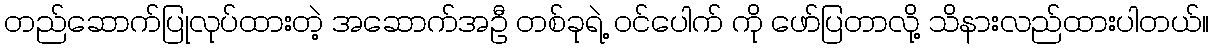
တည်ဆောက်ပြုလုပ်ထားတဲ့ အဆောက်အဦ တစ်ခုရဲ့ ဝင်ပေါက် ကို ဖော်ပြတာလို့ သိနားလည်ထားပါတယ်။